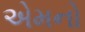
એમનો